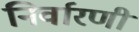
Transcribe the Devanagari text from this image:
निर्वारणी